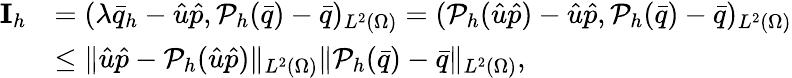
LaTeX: \begin{array}{rl}{\mathbf{I}_{h}}&{=(\lambda\bar{q}_{h}-\hat{u}\hat{p},\mathcal{P}_{h}(\bar{q})-\bar{q})_{L^{2}(\Omega)}=(\mathcal{P}_{h}(\hat{u}\hat{p})-\hat{u}\hat{p},\mathcal{P}_{h}(\bar{q})-\bar{q})_{L^{2}(\Omega)}}\\ &{\leq\| \hat{u}\hat{p}-\mathcal{P}_{h}(\hat{u}\hat{p})\| _{L^{2}(\Omega)}\| \mathcal{P}_{h}(\bar{q})-\bar{q}\| _{L^{2}(\Omega)},}\end{array}